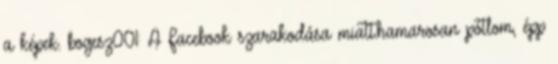
a képek. bogesz001: A Facebook szarakodása miatt.hamarosan pótlom, épp